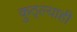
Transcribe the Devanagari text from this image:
कुठ्ल्याही